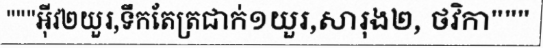
"""អ៊ីវ២យួរ,ទឹកតែត្រជាក់១យួរ,សារុង២, ថវិកា"""